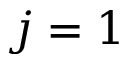
j = 1